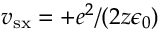
v _ { \mathrm { s x } } = + e ^ { 2 } / ( 2 z \epsilon _ { 0 } )